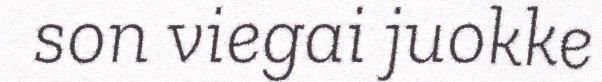
son viegai juokke